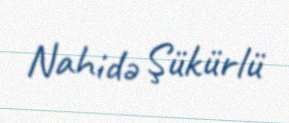
Nahidə Şükürlü